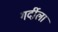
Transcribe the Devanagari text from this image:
गर्दीला